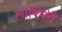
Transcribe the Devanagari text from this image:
लोक्पिरी